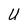
Character: U